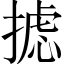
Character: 摅